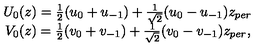
\begin{array} { c } { U _ { 0 } ( z ) = \frac 1 2 ( u _ { 0 } + u _ { - 1 } ) + \frac 1 { \sqrt { 2 } } ( u _ { 0 } - u _ { - 1 } ) z _ { p e r } } \\ { V _ { 0 } ( z ) = \frac 1 2 ( v _ { 0 } + v _ { - 1 } ) + \frac 1 { \sqrt { 2 } } ( v _ { 0 } - v _ { - 1 } ) z _ { p e r } , } \\ \end{array}